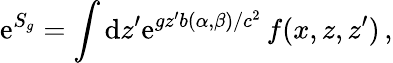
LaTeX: \mathrm{e}^{S_{g}}=\int\mathrm{d}z^{\prime}\mathrm{e}^{gz^{\prime}b(\alpha,\beta)/c^{2}}\, f(x,z,z^{\prime})\, ,